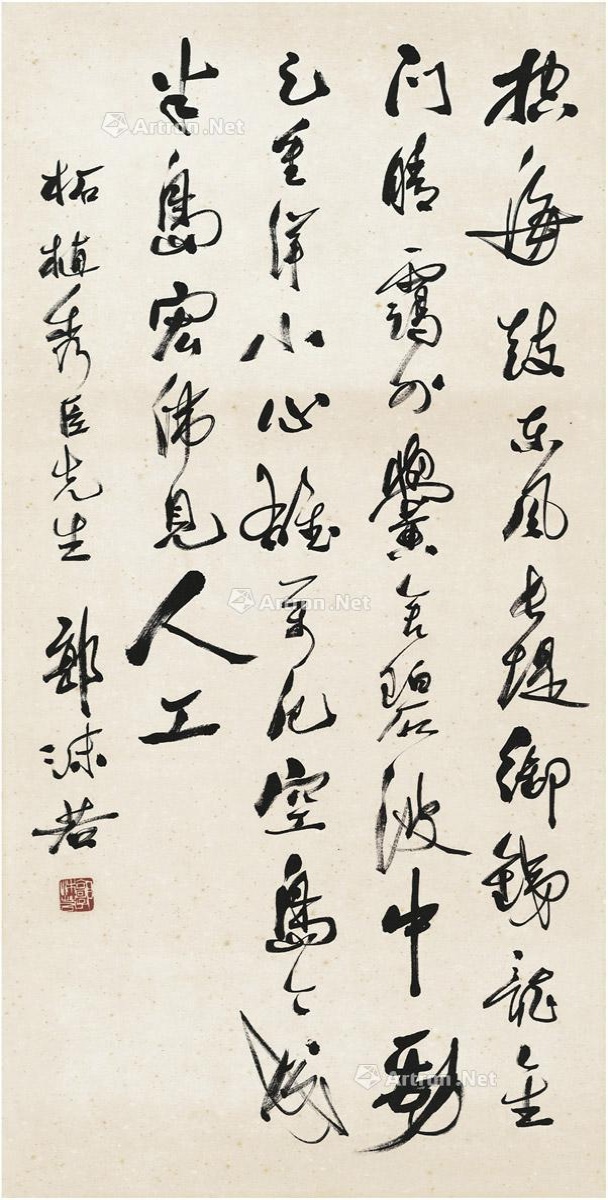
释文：控海鼓东风，长堤御铁龙。金门晴霭外，黉舍碧波中。劲足重洋小，心雄万厄空。岛今成半岛，宏伟见人工。柘植秀臣先生，郭沫若。